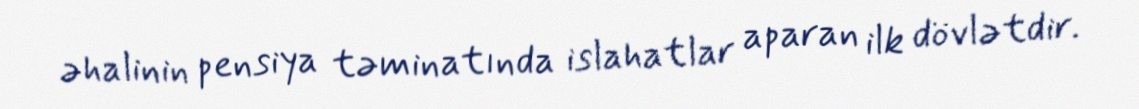
əhalinin pensiya təminatında islahatlar aparan ilk dövlətdir.